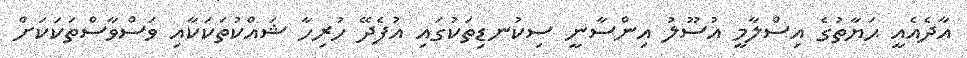
އާދެއެއީ ޙަޔާތުގެ އިސްލާމީ އުސޫލު އިންސާނީ ސިކުނޑިތަކުގައި އުފެދޭ ހުރިހާ ޝައްކުތަކަކާއި ވަސްވާސްތަކަކަށް